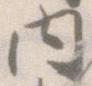
内